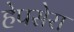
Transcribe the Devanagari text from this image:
हेपसेरा